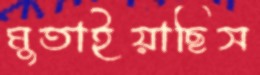
মুতাইয়াছিস